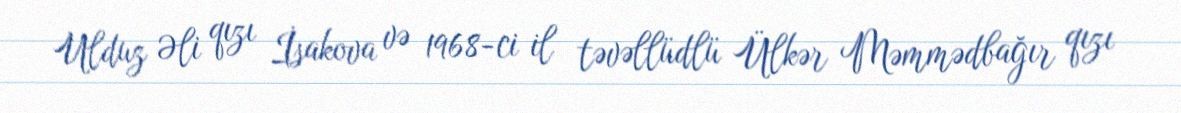
Ulduz Əli qızı İsakova və 1968-ci il təvəllüdlü Ülkər Məmmədbağır qızı